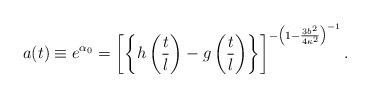
LaTeX: \begin{align*}a(t) \equiv e^{\alpha_0} = \left[ \left\{h\left(\frac{t}{l}\right) - g\left(\frac{t}{l} \right)\right\}\right]^{-\left(1-\frac{3b^2}{4\kappa^2}\right)^{-1}}.\end{align*}